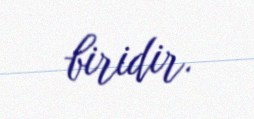
biridir.